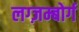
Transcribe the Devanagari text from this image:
लग्ज़म्बोर्ग